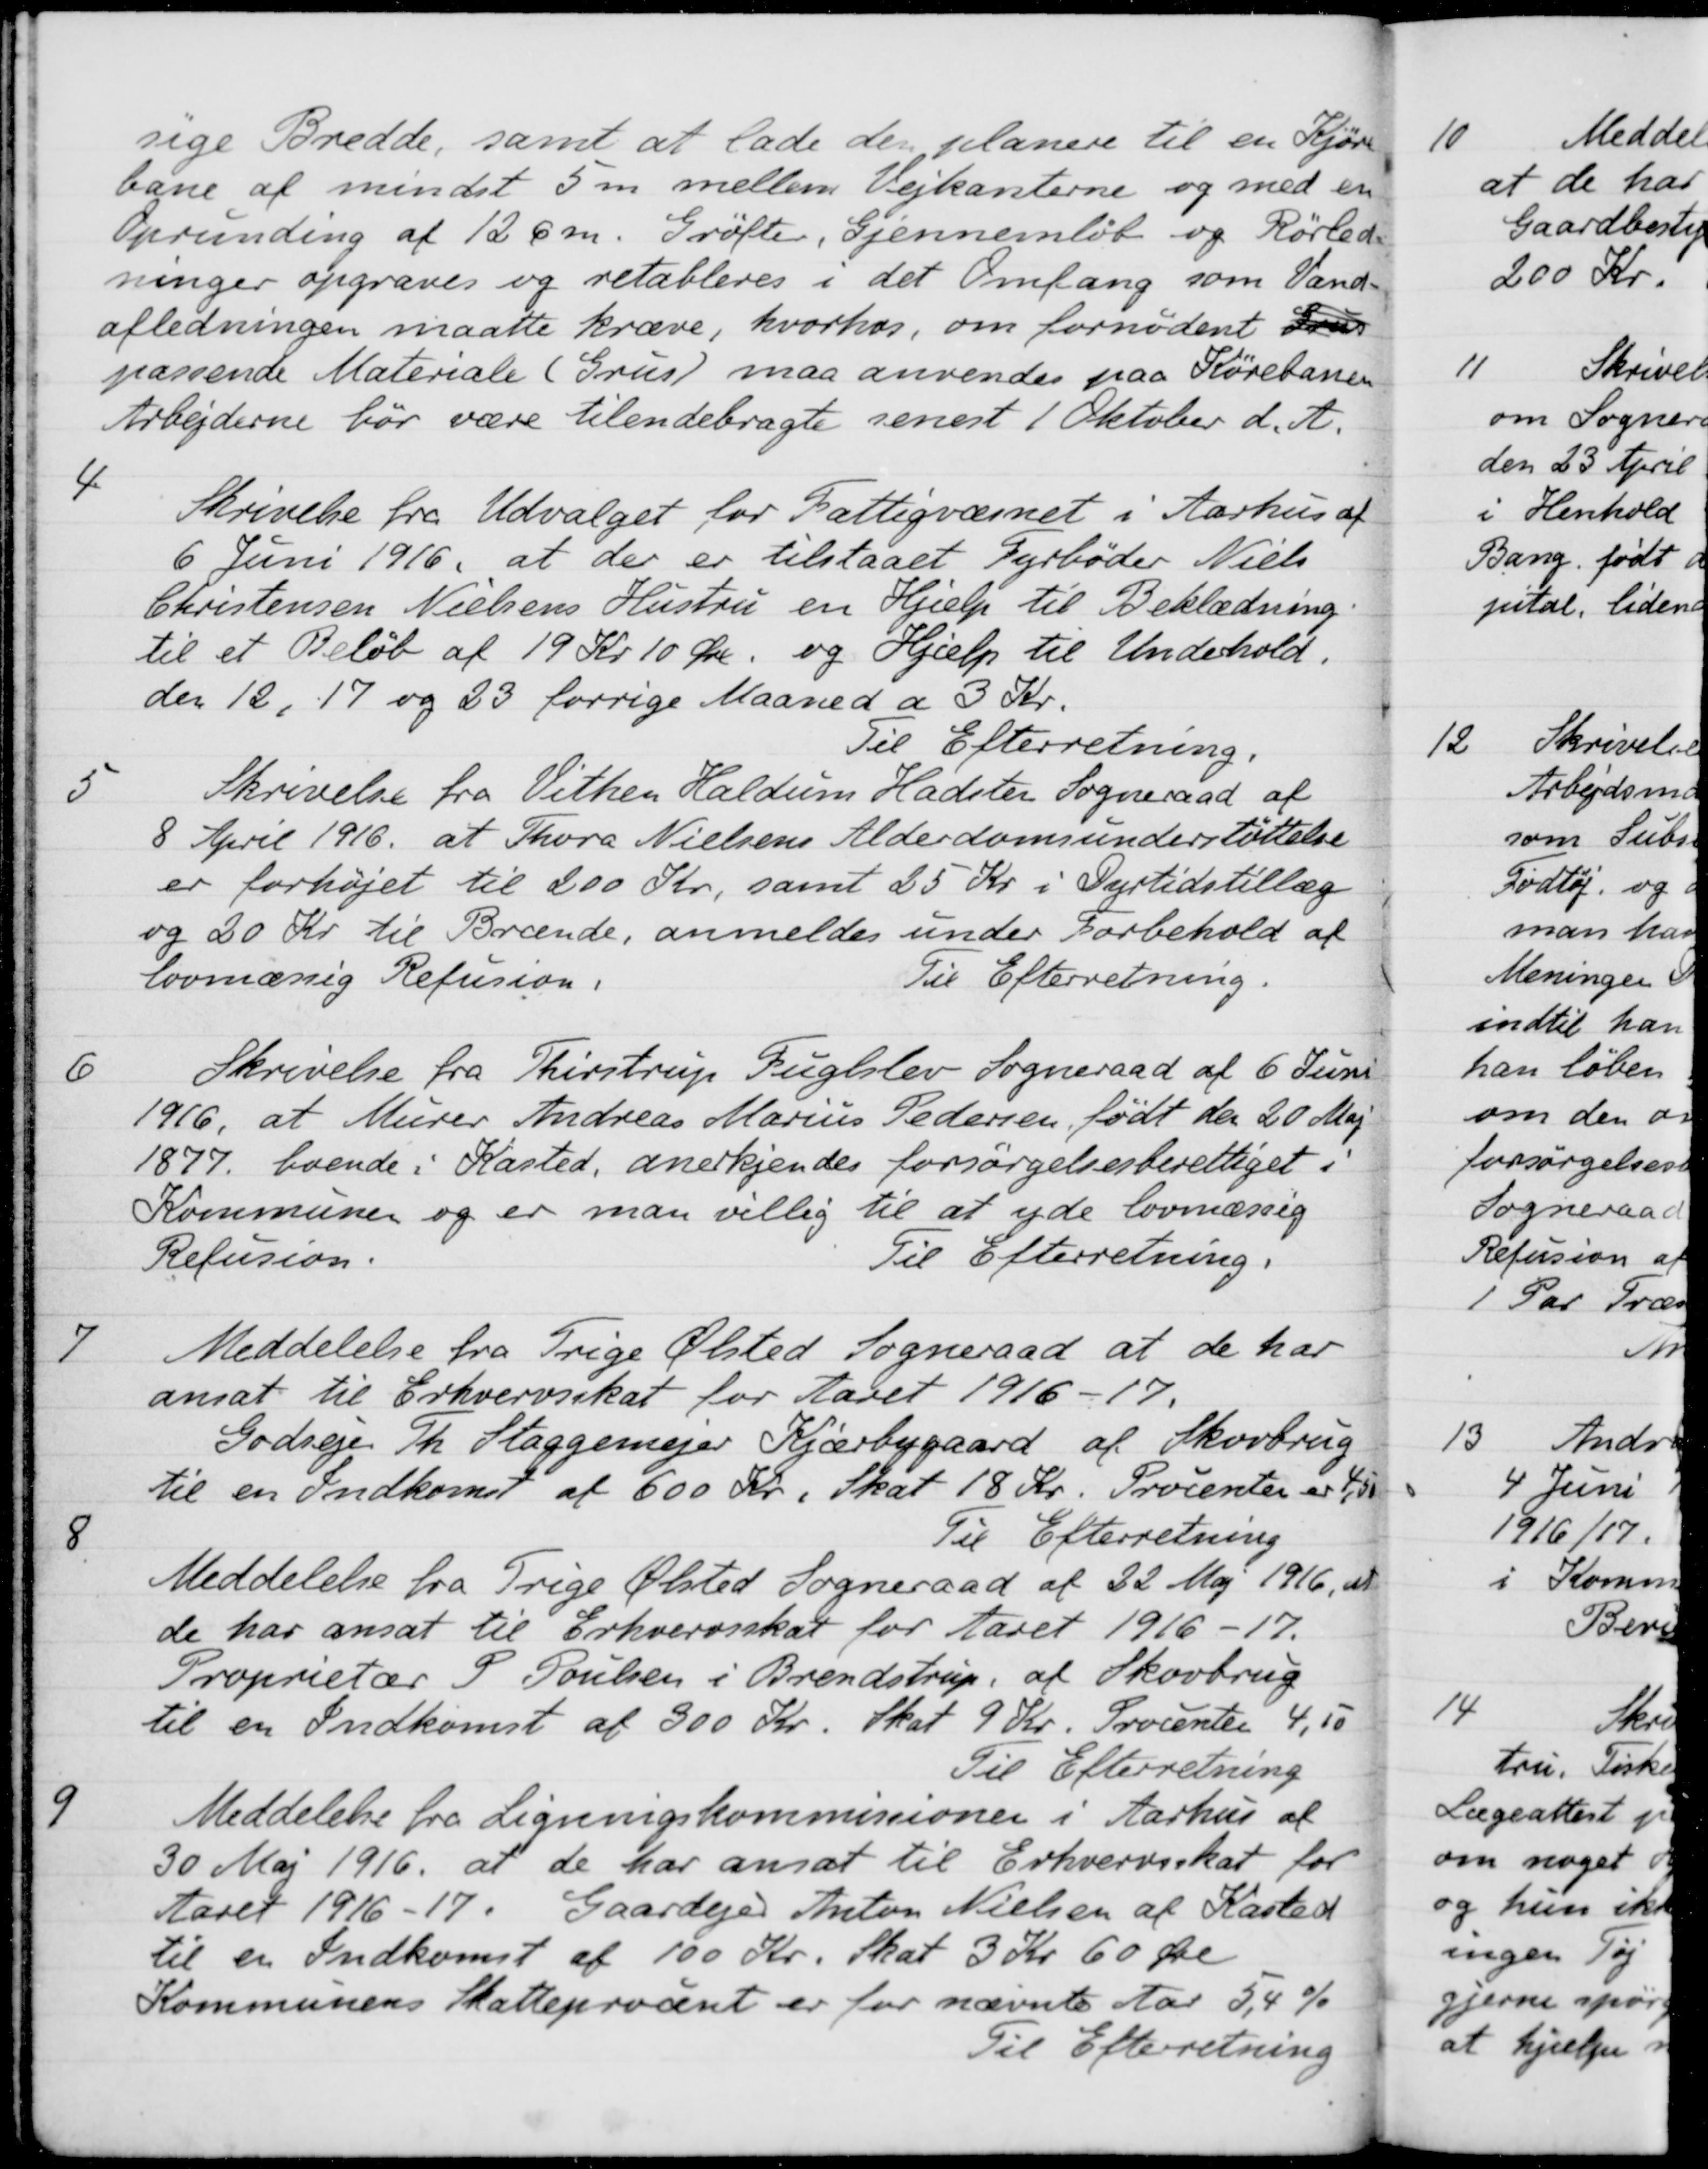
Transskription:
sige Bredde, samt at lade den planere til en Kjøre-
bane af mindst 5 m mellem Vejkanterne og med en
Oprunding af 12 cm. Grøfter, Gjennemløb og Rørled-
ninger opgraves og retableres i det Omfang som Vand-
afledningen maatte kræve, hvorhos, om fornødent Grus
passende Materiale (Grus) maa anvendes paa Kørebanen
Arbejderne bør være tilendebragte senest 1 Oktober d. A.
4.
Skrivelse fra Udvalget for Fattigvæsnet i Aarhus af
6 Juni 1916, at der er tilstaaet Fyrbøder Niels
Christensen Nielsens Hustru en Hjælp til Beklædning.
til et Beløb af 19 Kr 10 Øre og Hjælp til Undehold.
den 12, 17 og 23 forrige Maaned a 3 Kr.
Til Efterretning.
5
Skrivelse fra Vithen Haldum Hadsten Sogneraad af
8 April 1916 at Thora Nielsens Alderdomsunderstøttelse
er forhøjet til 200 Kr, samt 25 Kr i Dyrtidstillæg
og 20 Kr til Brænde, anmeldes under Forbehold af
lovmæssig Refusion.
Til Efterretning.
6
Skrivelse fra Thirstrup Fuglslev Sogneraad af 6 Juni
1916, at Murer Andreas Marius Pedersen født den 20 Maj
1877 boende i Kasted, anerkjendes forsørgelsesberettiget i
Kommunen og er man villig til at yde lovmæssig
Til Efterretning.
Refusion
7
Meddelelse fra Trige Ølsted Sogneraad at de har
ansat til Erhvervsskat for Aaret 1916-17.
Godsejer Th. Staggemejer Kjærbygaard af Skovbrug
til en Indkomst af 600 Kr. i Skat 18 Kr. Procenter er 4,50
Til Efterretning
8.
Meddelelse fra Trige Ølsted Sogneraad af 22 Maj 1916, at
de har ansat til Erhvervsskat for Aaret 1916-17.
Proprietær S. Poulsen i Brendstrup, af Skovbrug
til en Indkomst af 300 Kr. Skat 9 Kr. Procenter 4,50
Til Efterretning
9
Meddelelse fra Ligningskommissionen i Aarhus af
30 Maj 1916 at de har ansat til Erhvervsskat for
Aaret 1916-17. Gaardejer Anton Nielsen af Kasted
til en Indkomst af 100 Kr. skat 3 Kr 60 Øre
Kommunens Skatteprocent er for nævnte Aar 5,4 %
Til Efterretning